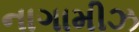
નાગામીઝ